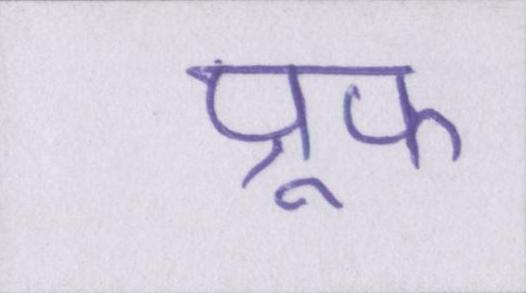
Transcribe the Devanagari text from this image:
प्रूफ